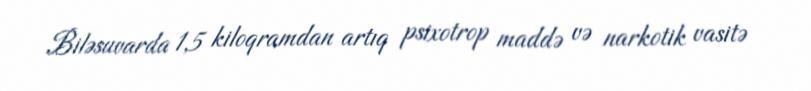
Biləsuvarda 1,5 kiloqramdan artıq psixotrop maddə və narkotik vasitə